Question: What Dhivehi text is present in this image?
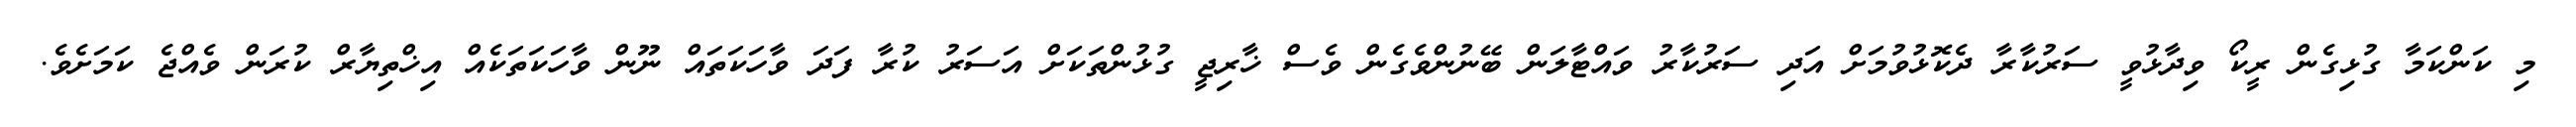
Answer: މި ކަންކަމާ ގުޅިގެން ރީކޯ ވިދާޅުވީ ސަރުކާރާ ދެކޮޅުވުމަށް އަދި ސަރުކާރު ވައްޓާލަން ބޭނުންވެގެން ވެސް ޚާރިޖީ ގުޅުންތަކަށް އަސަރު ކުރާ ފަދަ ވާހަކަތައް ނޫން ވާހަކަތަކެއް އިޚްތިޔާރް ކުރަން ވެއްޖެ ކަމަށެވެ.